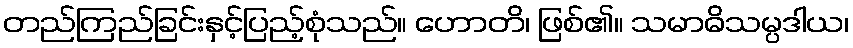
တည်ကြည်ခြင်းနှင့်ပြည့်စုံသည်။ ဟောတိ၊ ဖြစ်၏။ သမာဓိသမ္ပဒါယ၊